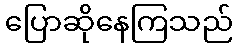
ပြောဆိုနေကြသည်